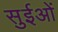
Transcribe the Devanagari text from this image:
सुईओं